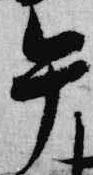
午